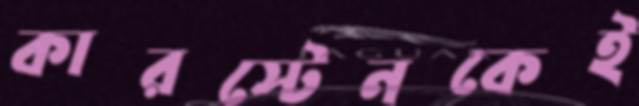
কারস্টেনকেই